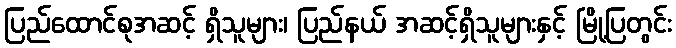
ပြည်ထောင်စုအဆင့် ရှိသူများ၊ ပြည်နယ် အဆင့်ရှိသူများနှင့် မြို့ပြတွင်း